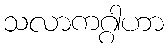
သလာကဂ္ဂါဟာ